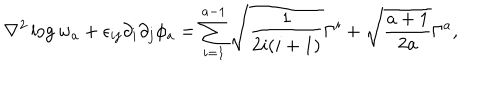
\nabla ^ { 2 } \log w _ { a } + \epsilon _ { i j } \partial _ { i } \partial _ { j } \phi _ { a } = \sum _ { i = 1 } ^ { a - 1 } \sqrt { \frac { 1 } { 2 i ( i + 1 ) } } \Gamma ^ { i } + \sqrt { \frac { a + 1 } { 2 a } } \Gamma ^ { a } ,